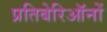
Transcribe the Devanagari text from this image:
प्रतिबेरिऑनों